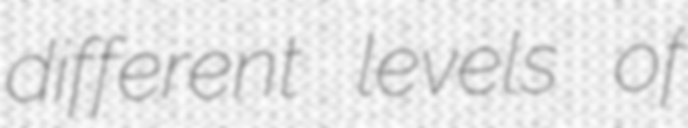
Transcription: different levels of